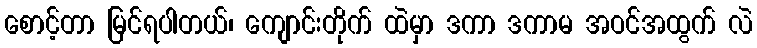
စောင့်တာ မြင်ရပါတယ်၊ ကျောင်းတိုက် ထဲမှာ ဒကာ ဒကာမ အဝင်အထွက် လဲ